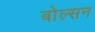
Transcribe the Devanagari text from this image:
बोल्सन